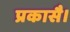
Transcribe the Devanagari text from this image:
प्रकासै।